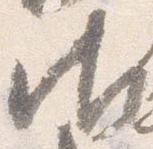
御